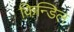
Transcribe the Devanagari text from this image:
किन्डिल